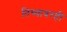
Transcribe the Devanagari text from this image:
तिच्यावरही